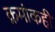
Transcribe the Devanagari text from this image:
क्रमांकही